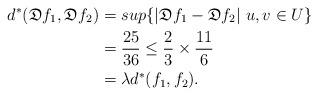
LaTeX: \begin{align*}d^*(\mathfrak{D}f_1,\mathfrak{D}f_2)&=sup \{|\mathfrak{D}f_1-\mathfrak{D}f_2|~u,v\in U\}\\&=\frac{25}{36}\leq \frac{2}{3}\times \frac{11}{6}\\&=\lambda d^*(f_1,f_2).\end{align*}